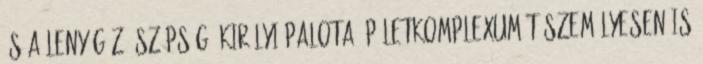
és a lenyűgöző szépségű királyi palota épületkomplexumát személyesen is